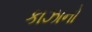
કાઝાનો